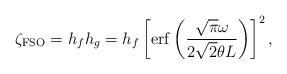
\begin{align*}\zeta_\mathrm{FSO}=h_fh_g=h_f \left[\mathrm{erf}\left(\frac{\sqrt{\pi}\omega}{2\sqrt{2}\theta L}\right)\right]^2,\end{align*}